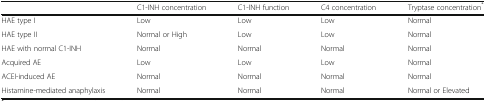
<table><thead><tr><td></td><td><b>C1-INH concentration</b></td><td><b>C1-INH function</b></td><td><b>C4 concentration</b></td><td><b>Tryptase concentration<sup>*</sup></b></td></tr></thead><tbody><tr><td>HAE type I</td><td>Low</td><td>Low</td><td>Low</td><td>Normal</td></tr><tr><td>HAE type II</td><td>Normal or High</td><td>Low</td><td>Low</td><td>Normal</td></tr><tr><td>HAE with normal C1-INH</td><td>Normal</td><td>Normal</td><td>Normal</td><td>Normal</td></tr><tr><td>Acquired AE</td><td>Low</td><td>Low</td><td>Low</td><td>Normal</td></tr><tr><td>ACEI-induced AE</td><td>Normal</td><td>Normal</td><td>Normal</td><td>Normal</td></tr><tr><td>Histamine-mediated anaphylaxis</td><td>Normal</td><td>Normal</td><td>Normal</td><td>Normal or Elevated</td></tr></tbody></table>